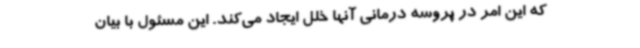
که این امر در پروسه درمانی آنها خلل ایجاد می‌کند. این مسئول با بیان